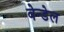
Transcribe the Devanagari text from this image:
वेन्डेल